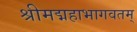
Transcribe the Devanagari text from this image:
श्रीमद्महाभागवतम्